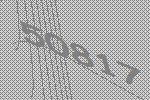
50817